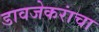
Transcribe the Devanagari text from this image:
डावजेकरांचा